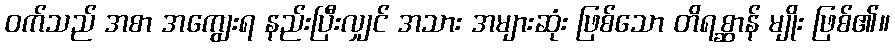
ဝက်သည် အစာ အကျွေးရ နည်းပြီးလျှင် အသား အများဆုံး ဖြစ်သော တိရစ္ဆာန် မျိုး ဖြစ်၏။